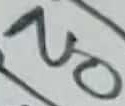
Text: NO